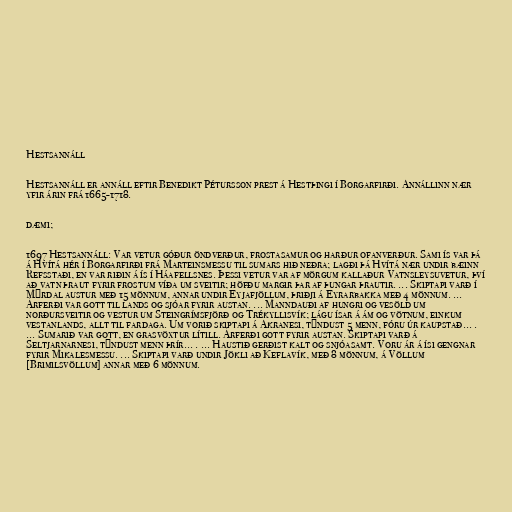
Hestsannáll

Hestsannáll er annáll eftir Benedikt Pétursson prest á Hestþingi í Borgarfirði. Annállinn nær
yfir árin frá 1665-1718.

dæmi;

1697 Hestsannáll: Var vetur góður öndverður, frostasamur og harður ofanverður. Sami ís var þá
á Hvítá hér í Borgarfirði frá Marteinsmessu til sumars hið neðra; lagði þá Hvítá nær undir bæinn
Refsstaði, en var riðin á ís í Háafellsnes. Þessi vetur var af mörgum kallaður Vatnsleysuvetur, því
að vatn þraut fyrir frostum víða um sveitir; höfðu margir þar af þungar þrautir. ... Skiptapi varð í
Mýrdal austur með 15 mönnum, annar undir Eyjafjöllum, þriðji á Eyrarbakka með 4 mönnum. ...
Árferði var gott til lands og sjóar fyrir austan. ... Manndauði af hungri og vesöld um
norðursveitir og vestur um Steingrímsfjörð og Trékyllisvík; lágu ísar á ám og vötnum, einkum
vestanlands, allt til fardaga. Um vorið skiptapi á Akranesi, týndust 5 menn, fóru úr kaupstað... .
... Sumarið var gott, en grasvöxtur lítill. Árferði gott fyrir austan. Skiptapi varð á
Seltjarnarnesi, týndust menn þrír... . ... Haustið gerðist kalt og snjóasamt. Voru ár á ísi gengnar
fyrir Mikalesmessu. ... Skiptapi varð undir Jökli að Keflavík, með 8 mönnum, á Völlum
[Brimilsvöllum] annar með 6 mönnum.